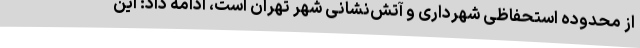
از محدوده استحفاظی شهرداری و آتش‌نشانی شهر تهران است، ادامه داد: این